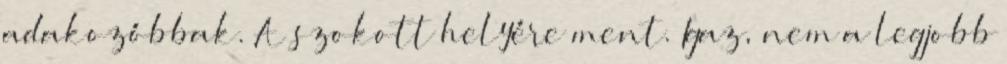
adakozóbbak. A szokott helyére ment. Igaz, nem a legjobb